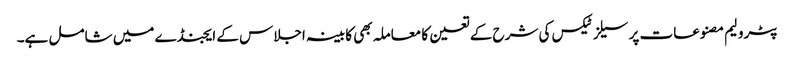
پٹرولیم مصنوعات پر سیلز ٹیکس کی شرح کے تعین کا معاملہ بھی کابینہ اجلاس کے ایجنڈے میں شامل ہے۔